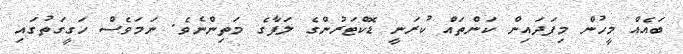
ބައެއް މީހުން މިފަދައިން ކަންތައް ކުރަނީ ޑޮކްޓަރުންގެ ލަފާގެ މަތިންނެވެ. ނަމަވެސް ހަގީގަތުގައި